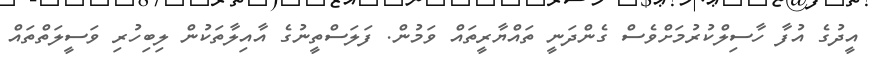
އީދުގެ އުފާ ހާސިލްކުރުމަށްވެސް ގެންދަނީ ތައްޔާރީތައް ވަމުން. ފަލަސްތީނުގެ އާއިލާތަކުން ލިބިހުރި ވަސީލަތްތައް